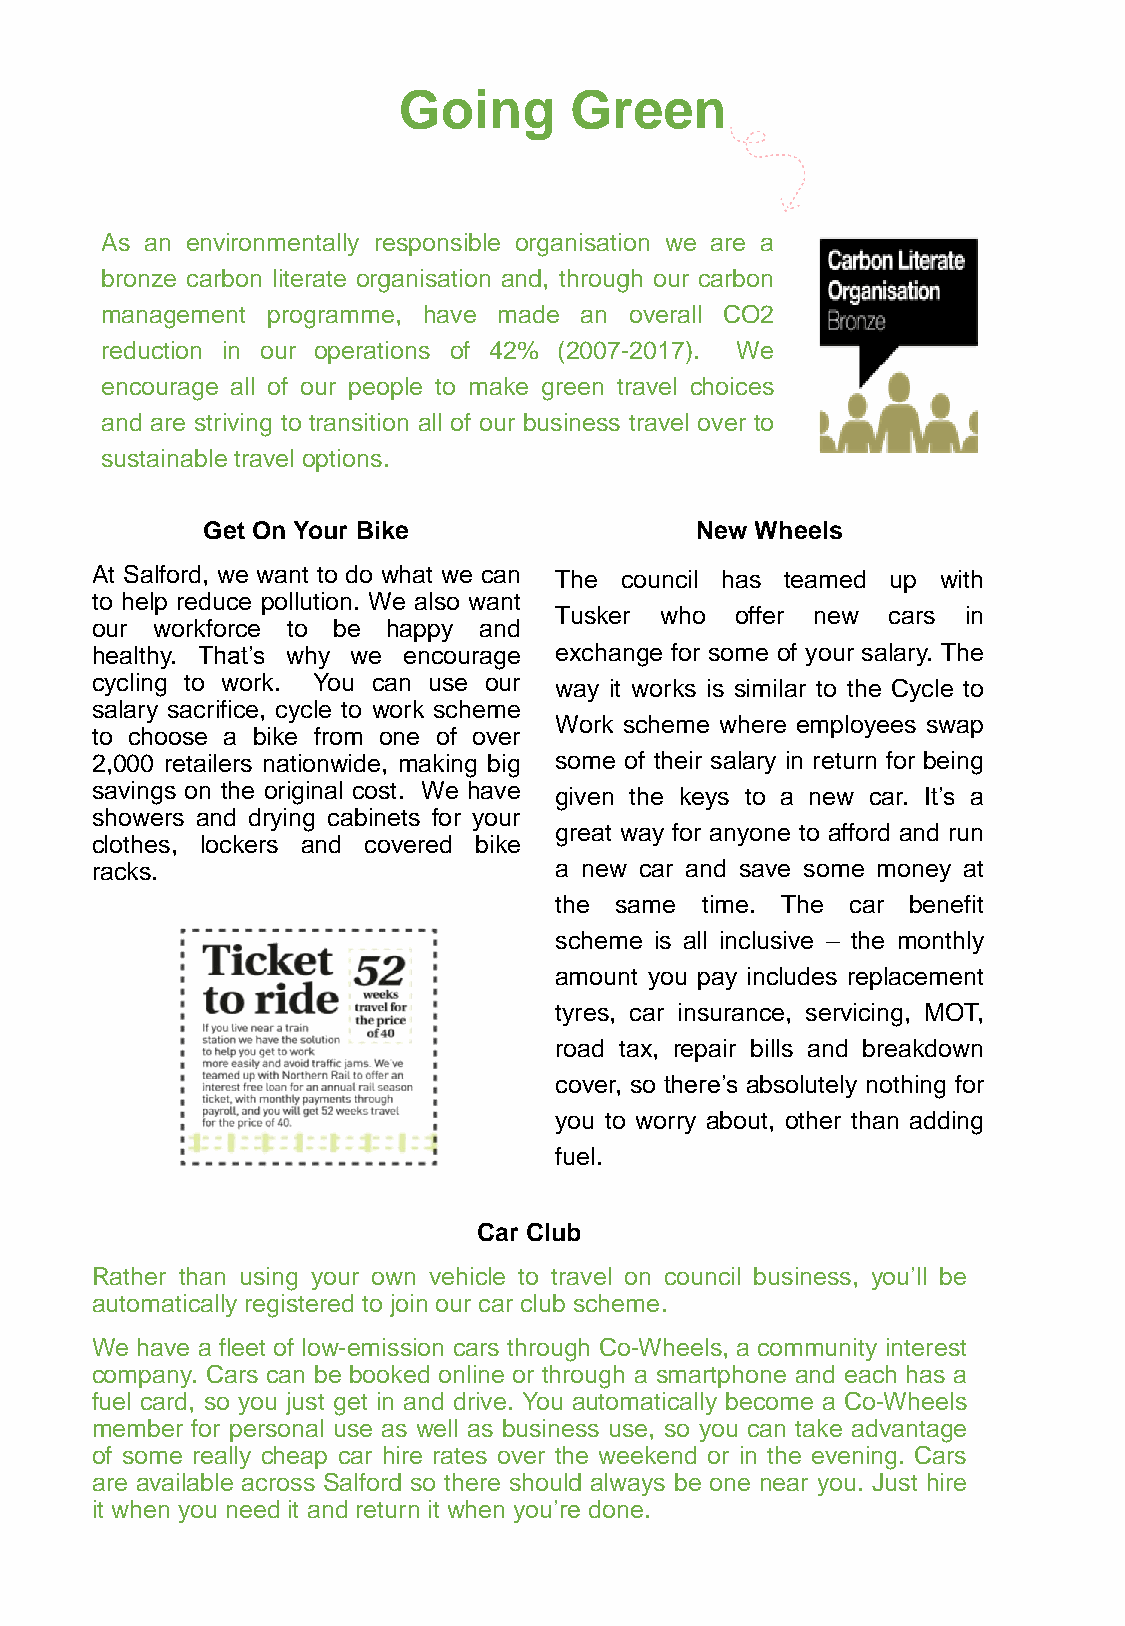
Going       Green
 As an environmentally responsible organisation we are a
 bronze carbon literate organisation and, through our carbon
 management programme, have made an overall CO2
 reduction in our operations of 42% (2007-2017). We
 encourage all of our people to make green travel choices
 and are striving to transition all of our business travel over to
 sustainabletravel options.
 Get On Your Bike                 New Wheels
 At Salford, we want to do what we can The council has teamed up with
 to help reduce pollution. We also want
 Tusker who  offer new cars in
 our workforce to be happy and
 healthy. That’s why we encourage exchange for some of your salary. The
 cycling to work. You can use our way it works is similar to the Cycle to
 salary sacrifice, cycle to work scheme
 Work scheme where employees swap
 to choose a bike from one of over
 2,000 retailers nationwide, making big some of their salary in return for being
 savings on the original cost. We have given the keys to a new car. It’s a
 showers and drying cabinets for your
 great way for anyone to afford and run
 clothes, lockers and covered bike
 racks.                         a new car and save some money at
 the same time. The car benefit
 scheme is all inclusive – the monthly
 amount you pay includes replacement
 tyres, car insurance, servicing, MOT,
 road tax, repair bills and breakdown
 cover, so there’s absolutely nothing for
 you to worry about, other than adding
 fuel.
 Car Club
 Rather than using your own vehicle to travel on council business, you’ll be
 automatically registered to join our car club scheme.
 We have a fleet of low-emission cars through Co-Wheels, a community interest
 company. Cars can be booked online or through a smartphone and each has a
 fuel card, so you just get in and drive. You automatically become a Co-Wheels
 member for personal use as well as business use, so you can take advantage
 of some really cheap car hire rates over the weekend or in the evening. Cars
 are available across Salford so there should always be one near you. Just hire
 it when you need it and return it when you’re done.